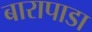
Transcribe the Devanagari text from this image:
बारापाडा